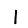
Digit: 1